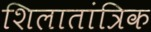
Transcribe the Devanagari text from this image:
शिलातांत्रिक